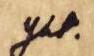
Yht.